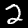
Digit: 2